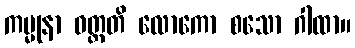
ကမ္မုနာ ဝတ္တတိ လောကော စသော ဂါထာ။